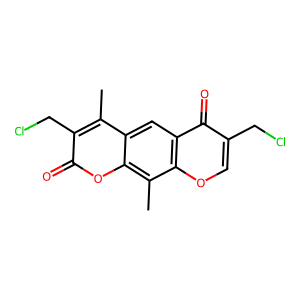
SMILES: Cc1c(CCl)c(=O)oc2c(C)c3occ(CCl)c(=O)c3cc12
Inhibits HIV replication: No